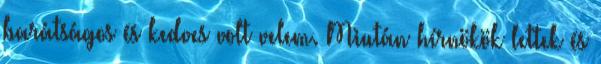
barátságos és kedves volt velem. Miután hírnökök lettek és